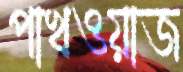
পাখওয়াজ